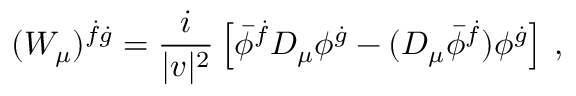
( W _ { \mu } ) ^ { \dot { f } \dot { g } } = \frac { i } { | v | ^ { 2 } } \left[ \bar { \phi } ^ { \dot { f } } { \cal D } _ { \mu } \phi ^ { \dot { g } } - ( { \cal D } _ { \mu } \bar { \phi } ^ { \dot { f } } ) \phi ^ { \dot { g } } \right] \, ,